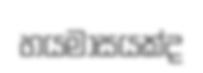
හයමාසයක්ද